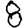
Digit: 8